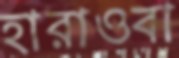
হারাওবা